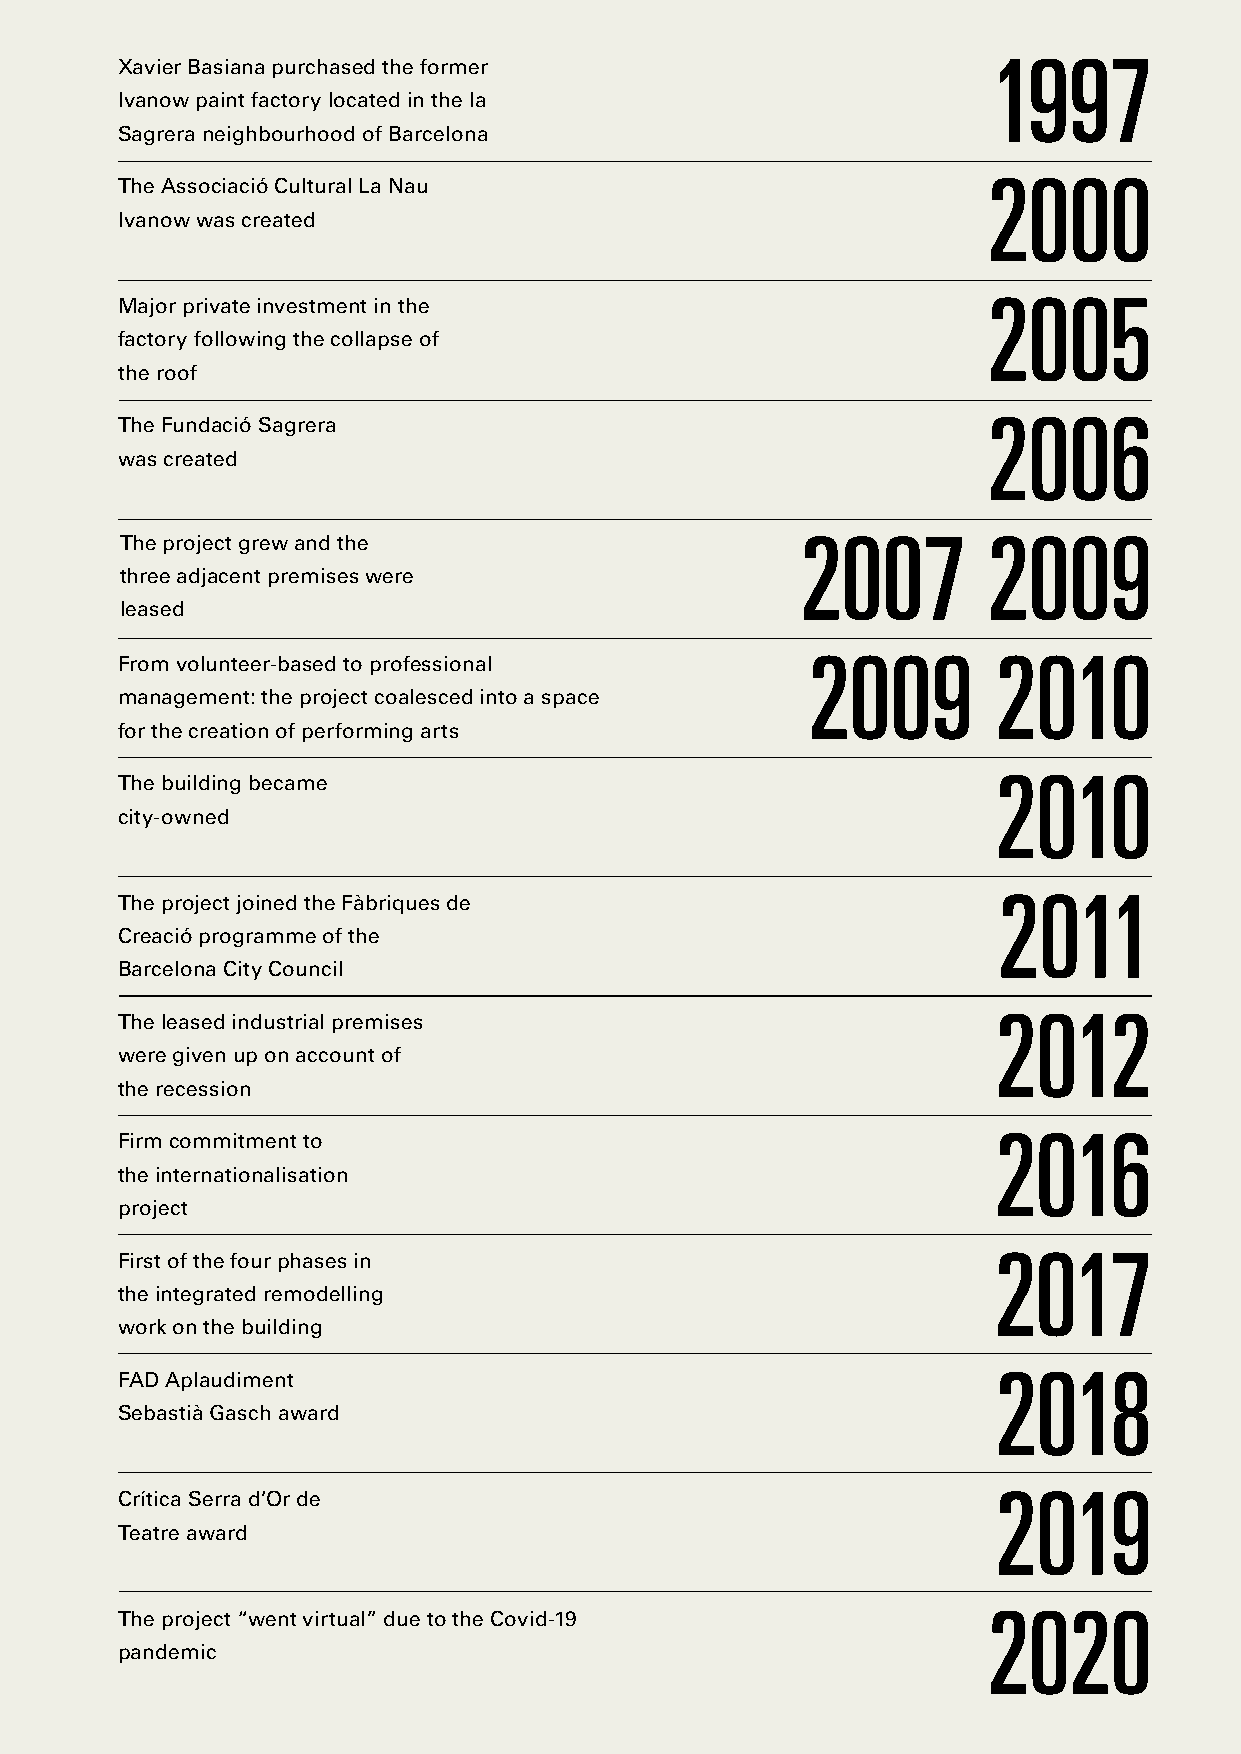
Timeline
 1997
 Xavier Basiana purchased the former
 Ivanow paint factory located in the la
 Sagrera neighbourhood of Barcelona
 2000
 The Associació Cultural La Nau
 Ivanow was created
 2005
 Major private investment in the
 factory following the collapse of
 the roof
 2006
 The Fundació Sagrera
 was created
 The project grew and the                     2007        2009
 three adjacent premises were
 leased
 2009         2010
 From volunteer-based to professional
 management: the project coalesced into a space
 for the creation of performing arts
 Timeline                                                          2010
 The building became
 city-owned
 2011
 The project joined the Fàbriques de
 Creació programme of the
 Barcelona City Council
 2012
 The leased industrial premises
 were given up on account of
 the recession
 2016
 Firm commitment to
 the internationalisation
 project
 2017
 First of the four phases in
 the integrated remodelling
 work on the building
 2018
 FAD Aplaudiment
 Sebastià Gasch award
 2019
 Crítica Serra d’Or de
 Teatre award
 Timeline                                                         2020
 The project “went virtual” due to the Covid-19
 pandemic